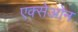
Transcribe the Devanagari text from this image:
एक्सेओन